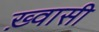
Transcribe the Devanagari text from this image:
ख़्वासी